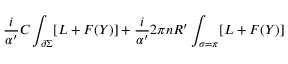
\frac { i } { \alpha ^ { \prime } } C \int _ { \partial \Sigma } [ L + F ( Y ) ] + \frac { i } { \alpha ^ { \prime } } 2 \pi n R ^ { \prime } \int _ { \sigma = \pi } [ L + F ( Y ) ]